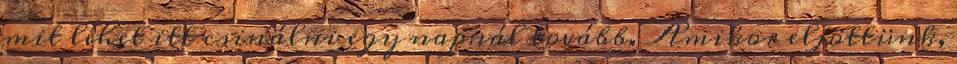
mit lehet itt csinálni egy napnál tovább. Amikor eljöttünk,